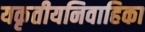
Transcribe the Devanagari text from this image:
यकृतीयनिवाहिका